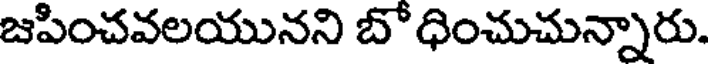
జపించవలయునని బోధించుచున్నారు.